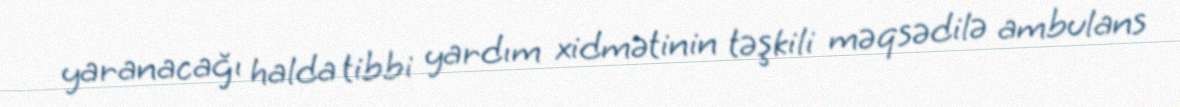
yaranacağı halda tibbi yardım xidmətinin təşkili məqsədilə ambulans